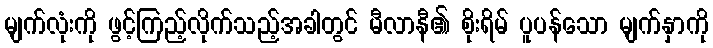
မျက်လုံးကို ဖွင့်ကြည့်လိုက်သည့်အခါတွင် မီလာနီ၏ စိုးရိမ် ပူပန်သော မျက်နှာကို